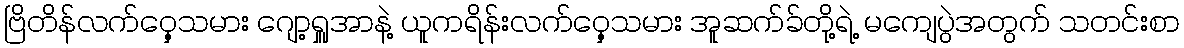
ဗြိတိန်လက်ဝှေ့သမား ဂျော့ရှူအာနဲ့ ယူကရိန်းလက်ဝှေ့သမား အူဆက်ခ်တို့ရဲ့ မကျေပွဲအတွက် သတင်းစာ